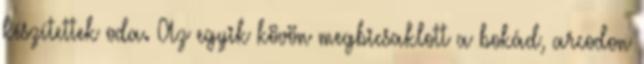
készítettek oda. Az egyik kövön megbicsaklott a bokád, arcodon